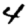
Digit: 4